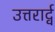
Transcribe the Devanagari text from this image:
उत्तरार्द्व